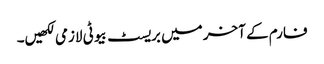
فارم کے آخر میں بریسٹ بیوٹی لازمی لکھیں۔